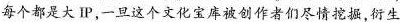
每个都是大I.一旦这个文化宝库被创作者们尽情挖掘,衍生